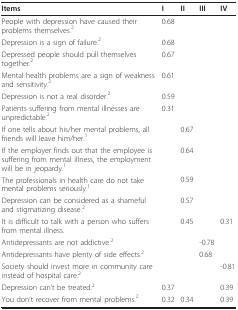
<table><thead><tr><td><b>Items</b></td><td><b>I</b></td><td><b>II</b></td><td><b>III</b></td><td><b>IV</b></td></tr></thead><tbody><tr><td>People with depression have caused their problems themselves.<sup>2</sup></td><td>0.68</td><td></td><td></td><td></td></tr><tr><td>Depression is a sign of failure.<sup>2</sup></td><td>0.68</td><td></td><td></td><td></td></tr><tr><td>Depressed people should pull themselves together.<sup>2</sup></td><td>0.67</td><td></td><td></td><td></td></tr><tr><td>Mental health problems are a sign of weakness and sensitivity.<sup>2</sup></td><td>0.61</td><td></td><td></td><td></td></tr><tr><td>Depression is not a real disorder.<sup>2</sup></td><td>0.59</td><td></td><td></td><td></td></tr><tr><td>Patients suffering from mental illnesses are unpredictable.<sup>2</sup></td><td>0.31</td><td></td><td></td><td></td></tr><tr><td>If one tells about his/her mental problems, all friends will leave him/her.<sup>1</sup></td><td></td><td>0.67</td><td></td><td></td></tr><tr><td>If the employer finds out that the employee is suffering from mental illness, the employment will be in jeopardy.<sup>1</sup></td><td></td><td>0.64</td><td></td><td></td></tr><tr><td>The professionals in health care do not take mental problems seriously.<sup>1</sup></td><td></td><td>0.59</td><td></td><td></td></tr><tr><td>Depression can be considered as a shameful and stigmatizing disease.<sup>2</sup></td><td></td><td>0.57</td><td></td><td></td></tr><tr><td>It is difficult to talk with a person who suffers from mental illness.</td><td></td><td>0.45</td><td></td><td>0.31</td></tr><tr><td>Antidepressants are not addictive.<sup>2</sup></td><td></td><td></td><td>-0.78</td><td></td></tr><tr><td>Antidepressants have plenty of side effects.<sup>2</sup></td><td></td><td></td><td>0.68</td><td></td></tr><tr><td>Society should invest more in community care instead of hospital care.<sup>2</sup></td><td></td><td></td><td></td><td>-0.81</td></tr><tr><td>Depression can&#x27;t be treated.<sup>2</sup></td><td>0.37</td><td></td><td></td><td>0.39</td></tr><tr><td>You don&#x27;t recover from mental problems.<sup>2</sup></td><td>0.32</td><td>0.34</td><td></td><td>0.39</td></tr></tbody></table>